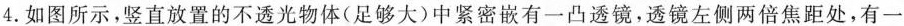
4.如图所示，竖直放置的不透光物体(足够大)中紧密嵌有一凸透镜，透镜左侧两倍焦距处，有一